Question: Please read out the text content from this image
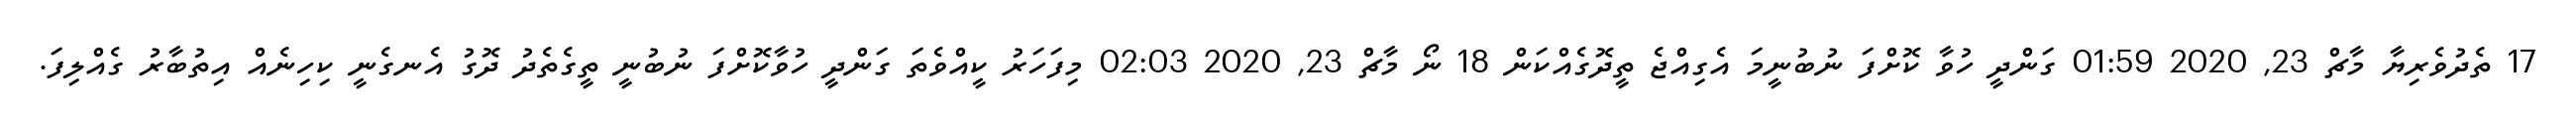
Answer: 17 ތެދުވެރިޔާ މާޗް 23, 2020 01:59 ގަންދީ ހުވާ ކޮށްފަ ނުބުނީމަ އެގިއްޖެ ތީދޮގެއްކަން 18 ނޯ މާޗް 23, 2020 02:03 މިފަހަރު ކީއްވެތަ ގަންދީ ހުވާކޮށްފަ ނުބުނީ ތީގެތެދު ދޮގު އެނގެނީ ކިހިނެއް އިތުބާރު ގެއްލިފަ.